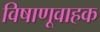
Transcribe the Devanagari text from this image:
विषाणूवाहक